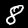
Digit: 8